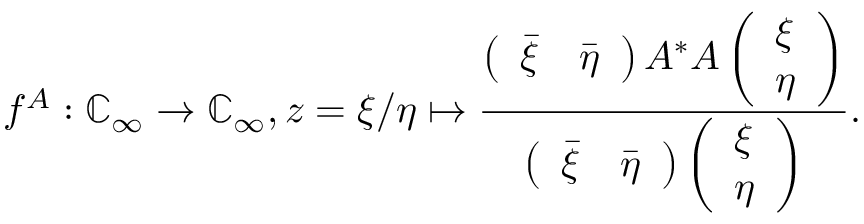
f ^ { A } : \mathbb { C } _ { \infty } \rightarrow \mathbb { C } _ { \infty } , z = \xi / \eta \mapsto \frac { \left( \begin{array} { l l } { \bar { \xi } } & { \bar { \eta } } \end{array} \right) A ^ { * } A \left( \begin{array} { l } { \xi } \\ { \eta } \end{array} \right) } { \left( \begin{array} { l l } { \bar { \xi } } & { \bar { \eta } } \end{array} \right) \left( \begin{array} { l } { \xi } \\ { \eta } \end{array} \right) } .